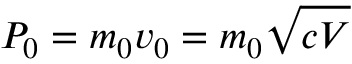
P _ { 0 } = m _ { 0 } v _ { 0 } = m _ { 0 } \sqrt { c V }